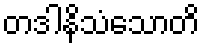
တဒါနိသံသောတိ